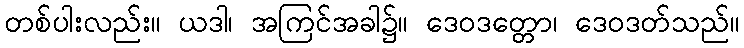
တစ်ပါးလည်း။ ယဒါ၊ အကြင်အခါ၌။ ဒေဝဒတ္တော၊ ဒေဝဒတ်သည်။